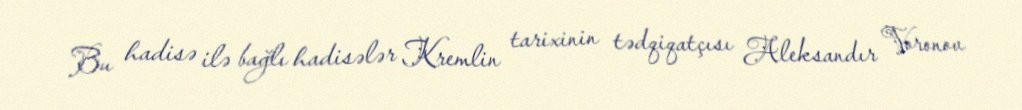
Bu hadisə ilə bağlı hadisələr Kremlin tarixinin tədqiqatçısı Aleksandır Voronov